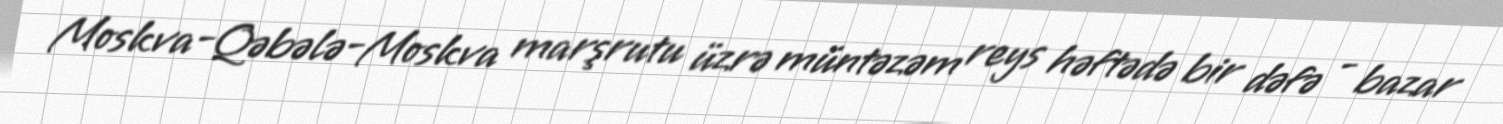
Moskva-Qəbələ-Moskva marşrutu üzrə müntəzəm reys həftədə bir dəfə - bazar